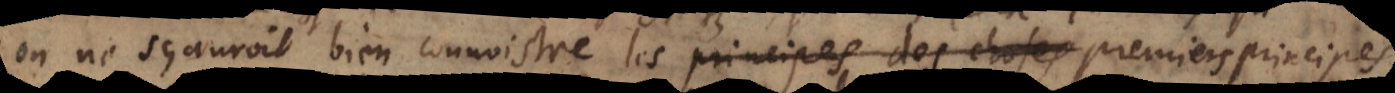
on ne sçauroit bien connoistre les principes des choses premiers principes